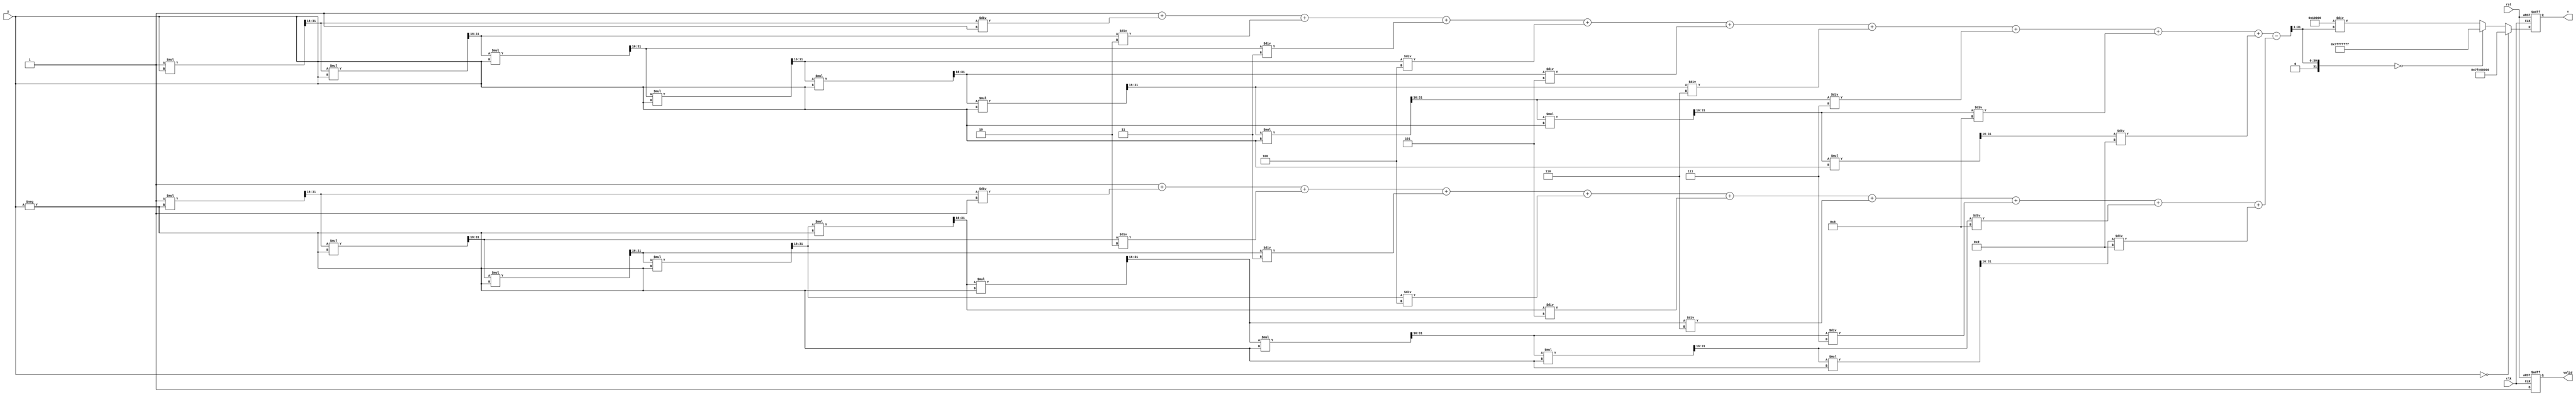
module csch (
    input wire clk,
    input wire rst,
    input wire [31:0] X, // Input: Fixed-point representation of X
    output reg [31:0] Y,  // Output: Fixed-point representation of csch(X)
    output reg valid      // Output valid signal
);

    // Constants for fixed-point representation
    parameter FIXED_POINT_FRACTIONAL_BITS = 16;
    parameter MAX_VALUE = 32'h7FFFFFFF; // Maximum value for overflow handling
    parameter NaN = 32'h7FC00000; // NaN representation in IEEE 754

    // Internal signals
    reg [31:0] sinh_X; // To hold the computed sinh(X)
    reg [31:0] exp_X;  // To hold e^X
    reg [31:0] exp_neg_X; // To hold e^(-X)

    // Function to compute e^x using a simple Taylor series approximation
    function [31:0] exp;
        input [31:0] x;
        reg [31:0] term;
        reg [31:0] sum;
        integer i;
        begin
            term = 32'h00000001; // e^0 = 1
            sum = term;
            for (i = 1; i < 10; i = i + 1) begin
                term = (term * x) >> FIXED_POINT_FRACTIONAL_BITS; // x^i / i!
                sum = sum + term / i; // Add term to sum
            end
            exp = sum;
        end
    endfunction

    // Function to compute sinh(x)
    function [31:0] sinh;
        input [31:0] x;
        begin
            exp_X = exp(x);
            exp_neg_X = exp(-x);
            sinh = (exp_X - exp_neg_X) >> 1; // sinh(x) = (e^x - e^(-x)) / 2
        end
    endfunction

    // Main computation block
    always @(posedge clk or posedge rst) begin
        if (rst) begin
            Y <= 32'b0;
            valid <= 1'b0;
        end else begin
            if (X == 32'b0) begin
                Y <= NaN; // csch(0) is undefined
                valid <= 1'b1;
            end else begin
                sinh_X = sinh(X);
                if (sinh_X == 32'b0) begin
                    Y <= MAX_VALUE; // Handle overflow case
                end else begin
                    Y <= (1 << FIXED_POINT_FRACTIONAL_BITS) / sinh_X; // csch(X) = 1 / sinh(X)
                end
                valid <= 1'b1;
            end
        end
    end

endmodule